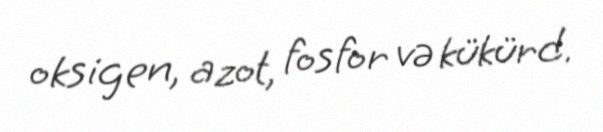
oksigen, azot, fosfor və kükürd.